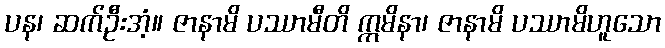
ပန၊ ဆက်ဦးအံ့။ ဇာနာမိ ပဿာမီတိ ဣမိနာ၊ ဇာနာမိ ပဿာမိဟူသော